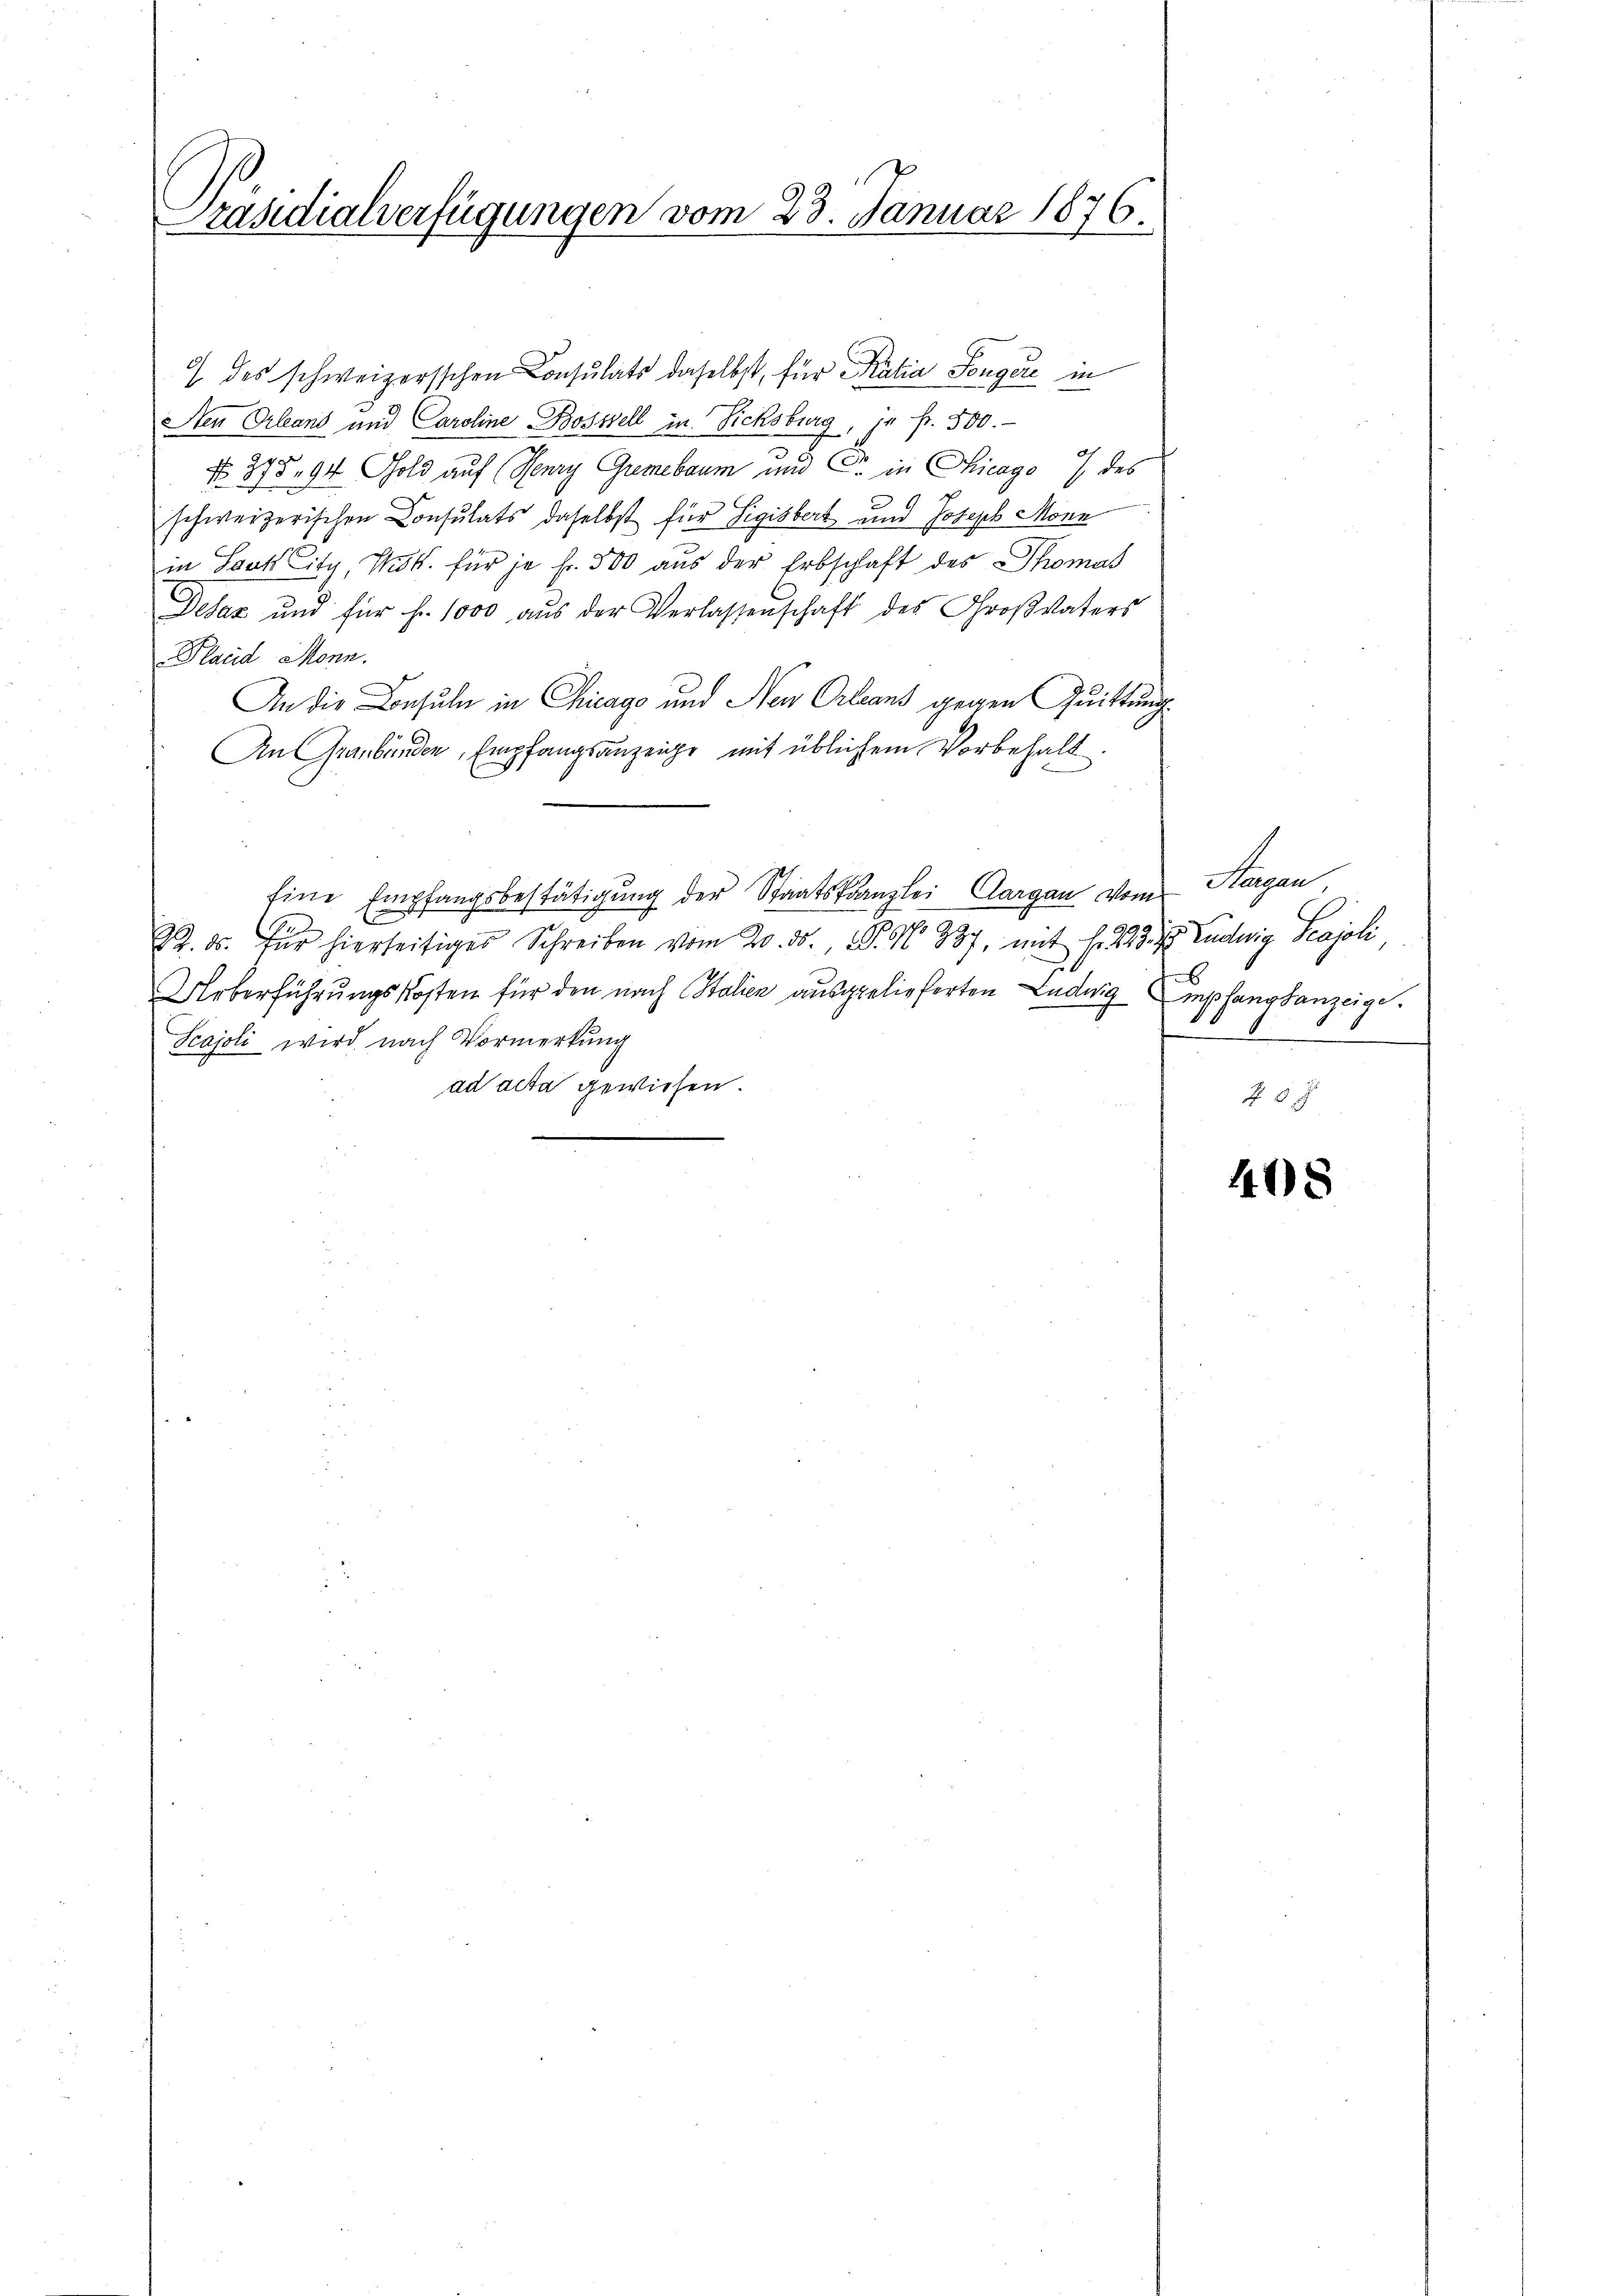
Präsidialverfügungen vom 23. Januar 1876.

1 des schweizersschen Consulats daselbst, für Katia Pongere in
Neu Orleans und Caroline Bosstell in Sichsburg, ja fr. 500.
No. 375. 94 Gold auf (Henry Gumbaum und Fr. in Chicago 7 des
schweizerischen Consulats daselbst für Sigisbert und Joseph Monn
in Sack ity, Msk. für je Fr. 500 aus der Erbschaft des Thomas
Desaz und für hr. 1000 aŭs der Verlassenschaft des Großvaters
Placid Monn.
An die Konsuln in Chicago und Neu Orleans gegen Quittung
An Graubünden Empfangsanzeige mit üblichem Vorbehalt
Eine Empfangsbestätigung der Staatskanzlei Aargau vom Sargau,
22. ds. für hierseitiges Schreiben vom 20. ds., S. 96 887, mit f. 227. d. Ludwig Sajoli
Ueberführungskosten für den nach Italien ausgelieferten Ludwig empfangsanzeige.
Scajoli wird nach Vormerkung
ad acta gewiesen.

R 8. J

408